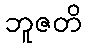
ဘူဇတိ